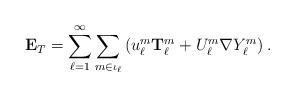
LaTeX: \begin{align*}\mathbf{E}_{T}=\sum_{\ell=1}^{\infty}\sum_{m\in\iota_{\ell}}\left( u_{\ell}^{m}\mathbf{T}_{\ell}^{m}+U_{\ell}^{m}\nabla Y_{\ell}^{m}\right).\end{align*}